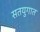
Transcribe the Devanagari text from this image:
सतयुगात